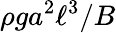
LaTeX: \rho ga^{2}\ell^{3}/B